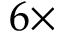
6 \times